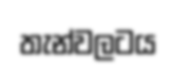
තැන්වලටය